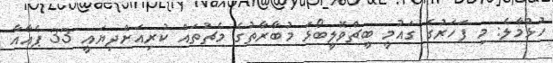
ހުޅުމާލެ: މި ފަހަރުގެ ގައުމީ ބީޗްވޮލީބޯޅަ މުބާރާތުގެ މެޗުތައް ކުރިއަށްދިޔައީ 33 ޕެއާއާ